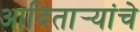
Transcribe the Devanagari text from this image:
आदितार्‍यांचे